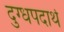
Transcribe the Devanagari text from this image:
दुग्धपदार्थ